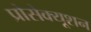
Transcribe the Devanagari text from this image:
प्रोसेक्यूशन